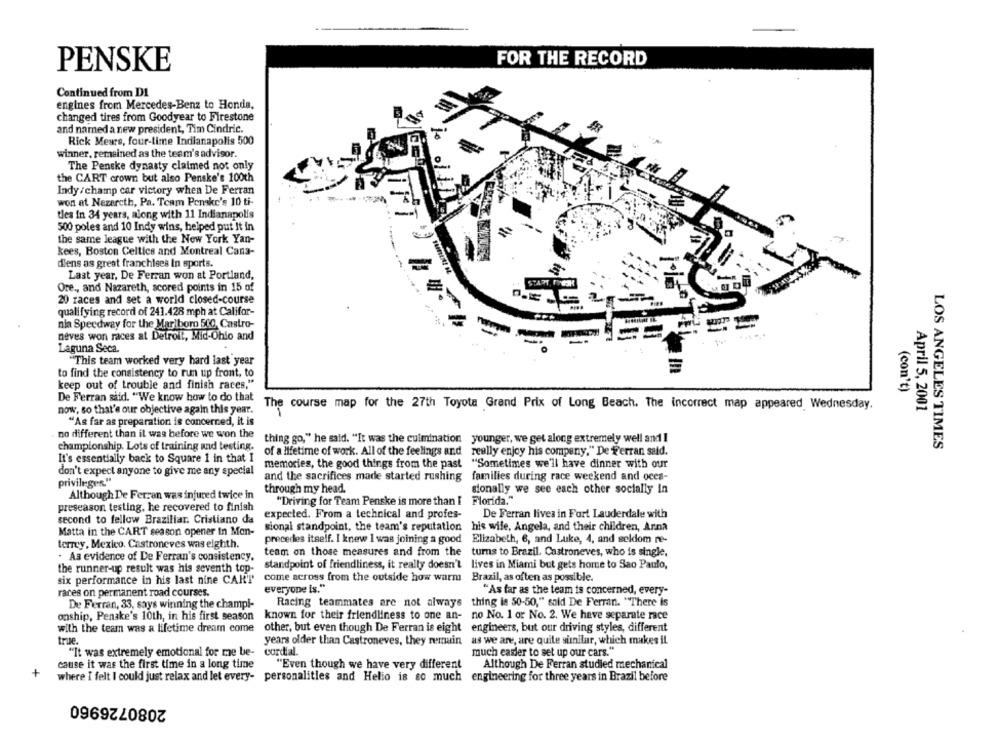
FOR THE RECORD
PENSKE
Continued from DI
engines from Mercedes-Benz to Honda,
changed tires from Goodyear to Firestone
and named a new president, Tim Cindric.
Rick Meurs, four-time Indianapolis 500
winner, remained as the team's advisor.
The Penske dynasty claimed not only
the CART crown but also Penske's 100th
Indy /champ car victory when De Ferran
won at Nazareth, Pa. Team Penske's 10 ti-
tles in 34 years, along with 11 Indianapolis
500 poles and 10 Indy wins, helped put It in
the same league with the New York Yan-
kees, Boston Celtics and Montreal Cana-
dens as great franchises In sports.
Last year, De Ferran won at Portland,
-
Ore ., and Nazareth, scored points in 15 of
20 races and set a world closed-course
qualifying record of 241.428 mph at Califor-
nia Speedway for the Marlboro 500, Castro-
-
neves won races at Detroit, Mid-Ohio and
Laguna Seca.
"This team worked very hard last year
to find the consistency to run up front, to
keep out of trouble and finish races."
(con't)
De Ferran sild. "We know how to do that
The course map for the 27th Toyota Grand Prix of Long Beach. The incorrect map appeared Wednesday.
now, so that's our objective again this year.
April 5, 2001
"As far as preparation is concerned, it is
no different than il was before we won the
thing go," he said. "It was the culmination younger, we get along extremely well and I
LOS ANGELES TIMES
championship. Lots of training and testing.
of a lifetime of work. All of the feelings and really enjoy his company." De Ferran said.
It's essentially back to Square 1 in that I
memories, the good things from the past "Sometimes we'll have dinner with our
don't expect anyone to give me any special
privileges."
and the sacrifices made started rushing families during race weekend and oces-
through my head.
sionally we see each other socially In
Although De Ferran was injured twice in
"Driving for Team Penske is more than I Florida."
preseason testing, he recovered to finish
second to fellow Braziliar. Cristiano da
expected. From a technical and profes-
De Ferran lives in Fort Lauderdale with
sional standpoint, the team's reputation his wife, Angela, and their children, Anna
Matta in the CART season opener In Mon-
precedes itself. I knew I was joining a good Elizabeth, 6, and Luke, 4, and seldom re-
terrey, Mexico. Castroneves was eighth.
. As evidence of De Ferran's consistency.
team on those measures and from the turns to Brazil. Castroneves, who is single.
standpoint of friendliness, it really doesn't lives in Miami but gets home to Sao Paulo,
the runner-up result was his seventh top-
come across from the outside how warm Brazil, as often as possible.
six performance in his last nine CART
races on permanent road courses.
everyone is."
"As far as the team is concerned, every-
Racing teammates are not always thing is 50-50," said De Ferran. "There is
De Ferran, 33, says winning the champl-
onship, Penske's 10th, in his first season known for their friendliness to one an- no No. 1 or No. 2. We have separate race
with the team was a lifetime dream come
other, but even though De Ferran is eight
engineers, but our driving styles, different
true.
years older than Castroneves, they remain
as we are, are quite sunilar, which makes il
"It was extremely emotional for me be-
cordial.
much easier to set up our cars."
cause it was the first time in a long time
"Even though we have very different
Although De Ferran studied mechanical
+
where I felt I could just relax and let every- personalities and Helio is so much engineering for three years in Brazil before
2080726960